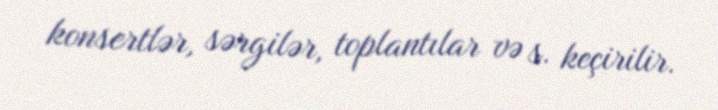
konsertlər, sərgilər, toplantılar və s. keçirilir.